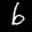
Label: 6